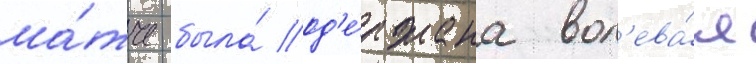
ма́тче была́ од'е́ржана вол'ева́я